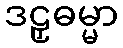
ဒဠှဓမ္မာ